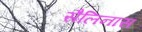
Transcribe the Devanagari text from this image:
सैलिनास